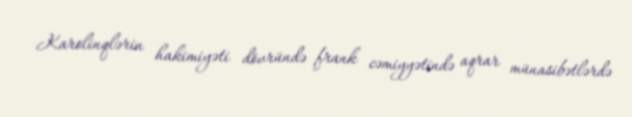
Karolinqlərin hakimiyəti dövründə frank cəmiyyətində aqrar münasibətlərdə